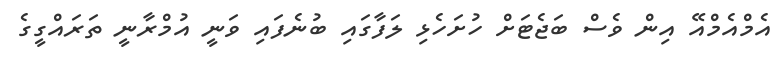
އެމްއެމްއޭ އިން ވެސް ބަޖެޓަށް ހުށަހެޅި ލަފާގައި ބުނެފައި ވަނީ އުމްރާނީ ތަރައްގީގެ